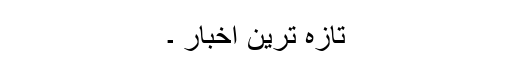
تازہ ترین اخبار ۔